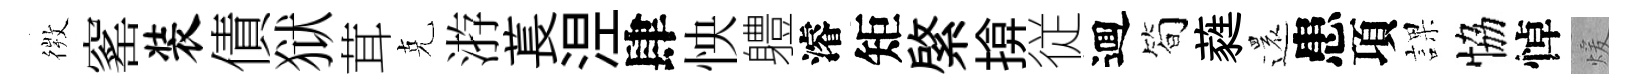
𢕄窰装債狱茸克㳺萇𣵀肆怏軆濬矩綮揜従逥筍蕤還患項課恊悼煖